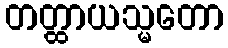
တတ္ထာယသ္မတော